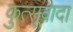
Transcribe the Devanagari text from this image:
कुत्सूवादा